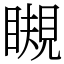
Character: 瞡